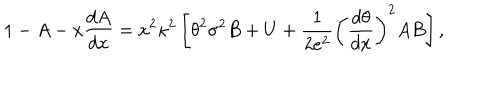
1 - A - x \frac { d A } { d x } = x ^ { 2 } { \kappa } ^ { 2 } \left[ { \theta } ^ { 2 } { \sigma } ^ { 2 } B + U + \frac { 1 } { 2 e ^ { 2 } } { \left( \frac { d \theta } { d x } \right) } ^ { 2 } A B \right] ,